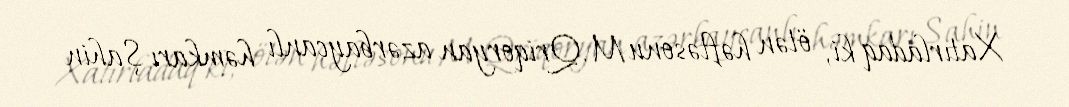
Xatırladaq ki, ötən həftəsonu M.Qriqoryan azərbaycanlı həmkarı Şahin